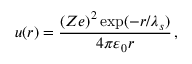
u ( r ) = \frac { ( Z e ) ^ { 2 } \exp ( - r / \lambda _ { s } ) } { 4 \pi \varepsilon _ { 0 } r } \, ,